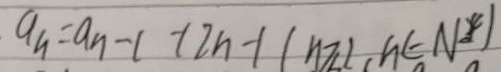
a _ { n } = a _ { n } - 1 + 2 n - 1 ( n \geq 2 , n \in N ^ { \cdot \ast } )